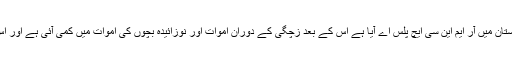
واضح رہے کہ جب سے ہندوستان میں آر ایم این سی ایچ پلس اے آیا ہے اس کے بعد زچگی کے دوران اموات اور نوزائیدہ بچوں کی اموات میں کمی آئی ہے اور اس پر خاص توجہ دی گئی ہے۔